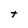
Character: t